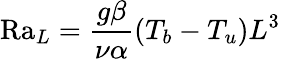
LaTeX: \mathrm{Ra}_{L}={\frac{g\beta}{\nu\alpha}}(T_{b}-T_{u})L^{3}